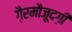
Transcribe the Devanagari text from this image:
ग़ैरमौज़ूदग़ी